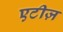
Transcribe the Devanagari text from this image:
एटीज़